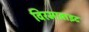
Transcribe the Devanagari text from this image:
विरमाव्राइट